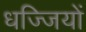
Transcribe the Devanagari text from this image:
धज्जियों